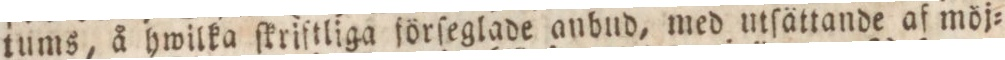
tums, å hwilka ſkrilſtliga förſeglade anbud, med utſättande af möj=